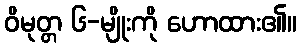
ဝိမုတ္တ ၆-မျိုးကို ဟောထား၏။